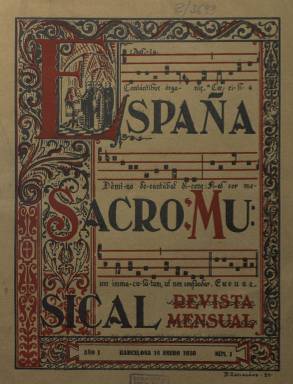
Título: España sacro musical
Colección: Música
Ámbito geográfico: Barcelona
Lugar de publicación: Barcelona
Fechas: 15/01/1930-15/12/1934

Revista mensual hispanoamericana de música sagrada nacida en Barcelona en 1930 cuyo objetivo era restaurar la antigua magnificencia de la música litúrgica de acuerdo con los congresos nacionales dedicados a esta materia. En el último celebrado en Vitoria se acordó la publicación de esta revista, que venía a sustituir a una anterior.

   La publicación, por tanto, tenía la aprobación y bendición del cardenal primado de España, Pedro Segura, quien dirige unas palabras a los lectores en el primer número. Sigue luego la felicitación de todos los obispos de España, que aseguran la suscripción a la revista para sus respectivas diócesis y seminarios.

   Ya la portada de este primer número se abre con una dedicatoria ‘a los Pontífices de la Restauración litúrgico musical. El Motu Proprio de Pío X y la Constitución Divini cultus del actual Papa Pío XI’.

  El número de páginas de la publicación era variable en cada entrega. Osciló entre las 20 y las 36 páginas. En todos los números, además de los artículos sobre teoría musical o historia de la música sagrada, como el canto gregoriano, pueden encontrarse partituras con pequeñas piezas musicales. Tampoco faltaban las páginas de publicidad, especialmente las de objetos y libros religiosos e instrumentos musicales. Estos anuncios debieron ser una importante fuente de financiación para la revista.

   Los maestros de capilla de las catedrales metropolitanas de España formaban el Consejo de Redacción de la publicación, cuyo director musical era Domingo Mas i Serracant y su director literario, el presbítero José Noguer.

  Uno de los más asiduos colaboradores de la publicación fue el presbítero organista en Burgos, aunque nacido en Pamplona, Leocadio Hernández Ascunce, a quien la revista dedicó el número 55, de julio de 1934, con motivo de sus bodas de plata sacerdotales. En las palabras que le dedicó el director literario menciona también otros redactores: ‘Sea cual fuere la suerte de nuestra publicación, jamás podremos olvidar a Hernández Ascunce, Rubio Piqueras, Miguélez, Artero, Sáez, Arabaolaza, Otaño, Prado, Pardos y otros muchos que han sostenido nuestra publicación a una altura envidiable, a la que nunca hubiéramos llegado nosotros por nuestro propio esfuerzo’.

  Mas i Serracant, el director musical, fue organista, compositor y maestro de capilla en varias iglesias de Barcelona. Se formó con la crema musical de la ciudad, Felipe Pedrell y Enrique Granados, entre otros, y además de ésta, fundó y dirigió anteriormente la Revista parroquial de música sagrada. Más información sobre este importante músico puede encontrarse en el diccionario biográfico de la Real Academia de la Historia.

La colección de España sacro musical que posee la BNE se extiende hasta diciembre de 1934, aunque continuó editándose hasta el comienzo de la Guerra Civil en 1936.

[Descripción publicada el 17/08/2022]